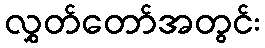
လွှတ်တော်အတွင်း